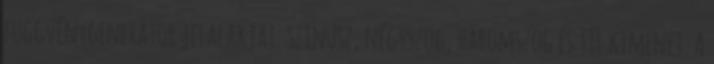
függvénygenerátor jelalakjai: szinusz, négyszög, háromszög és TTL kimenet. A